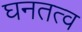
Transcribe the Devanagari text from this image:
घनतत्व